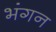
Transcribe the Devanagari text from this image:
भंगन